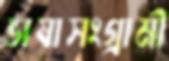
ভাষাসংগ্রামী